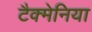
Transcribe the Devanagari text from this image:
टैक्मेनिया